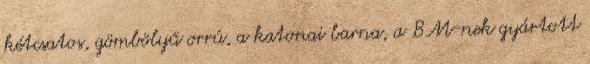
kétcsatos, gömbölyű orrú, a katonai barna, a BM-nek gyártott